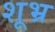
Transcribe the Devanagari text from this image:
शूभ्र